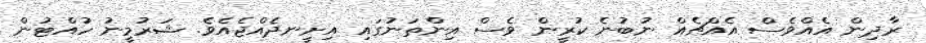
ރާދިން އެއްވެސް އެއްޗެއް ނުބުނެ ކުރީން ވެސް އިންތަނުގައި އިށީނދެއްޖެއެވެ. ޝަރުމީނު ހުއްޓުން